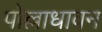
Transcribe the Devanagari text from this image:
पोल्लाधावन